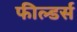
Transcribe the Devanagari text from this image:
फील्डर्स